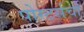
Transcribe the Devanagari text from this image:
पोस्टर्सचा